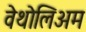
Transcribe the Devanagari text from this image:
वेथोलिअम